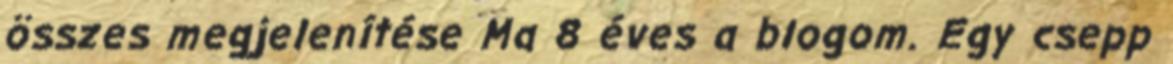
összes megjelenítése Ma 8 éves a blogom. Egy csepp